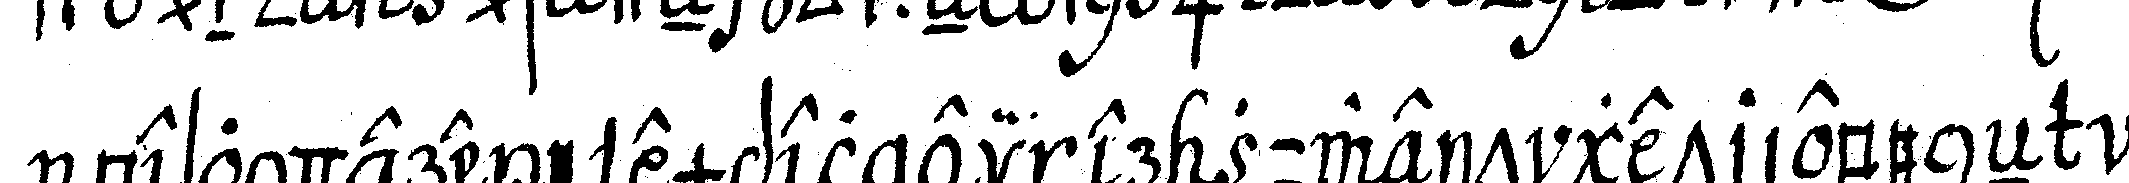
besondere exempel einer zuweit getribeneN